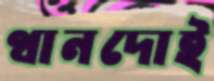
থানদোই